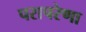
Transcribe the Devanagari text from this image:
परापरेणा